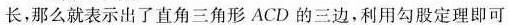
长，那么就表示出了直角三角形ACD的三边，利用勾股定理即可